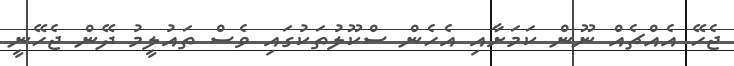
ޖެހޭ އެއްޗެއް ނޫން ކަމަށާއި އެހެން ސްކޫލުތަކުގައި ވެސް ތައުލީމު ދޭން ޖެހޭނީ